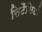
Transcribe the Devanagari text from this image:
सिटैसिडी